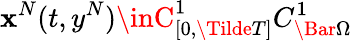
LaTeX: \mathbf{x}^{N}(t,y^{N})\inC_{[0,\Tilde{T}]}^{1}C_{\Bar{\Omega}}^{1}